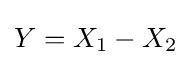
Y=X_{1}-X_{2}